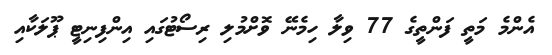
އެންމެ މަތީ ފަންތީގެ 77 ވިލާ ހިމެނޭ ވޮށްމުލި ރިސޯޓުގައި އިންފިނިޓީ ޕޫލަކާއި